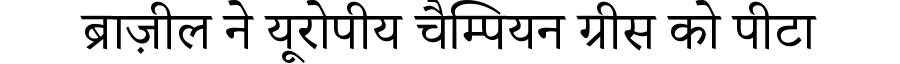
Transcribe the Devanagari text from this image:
ब्राज़ील ने यूरोपीय चैम्पियन ग्रीस को पीटा